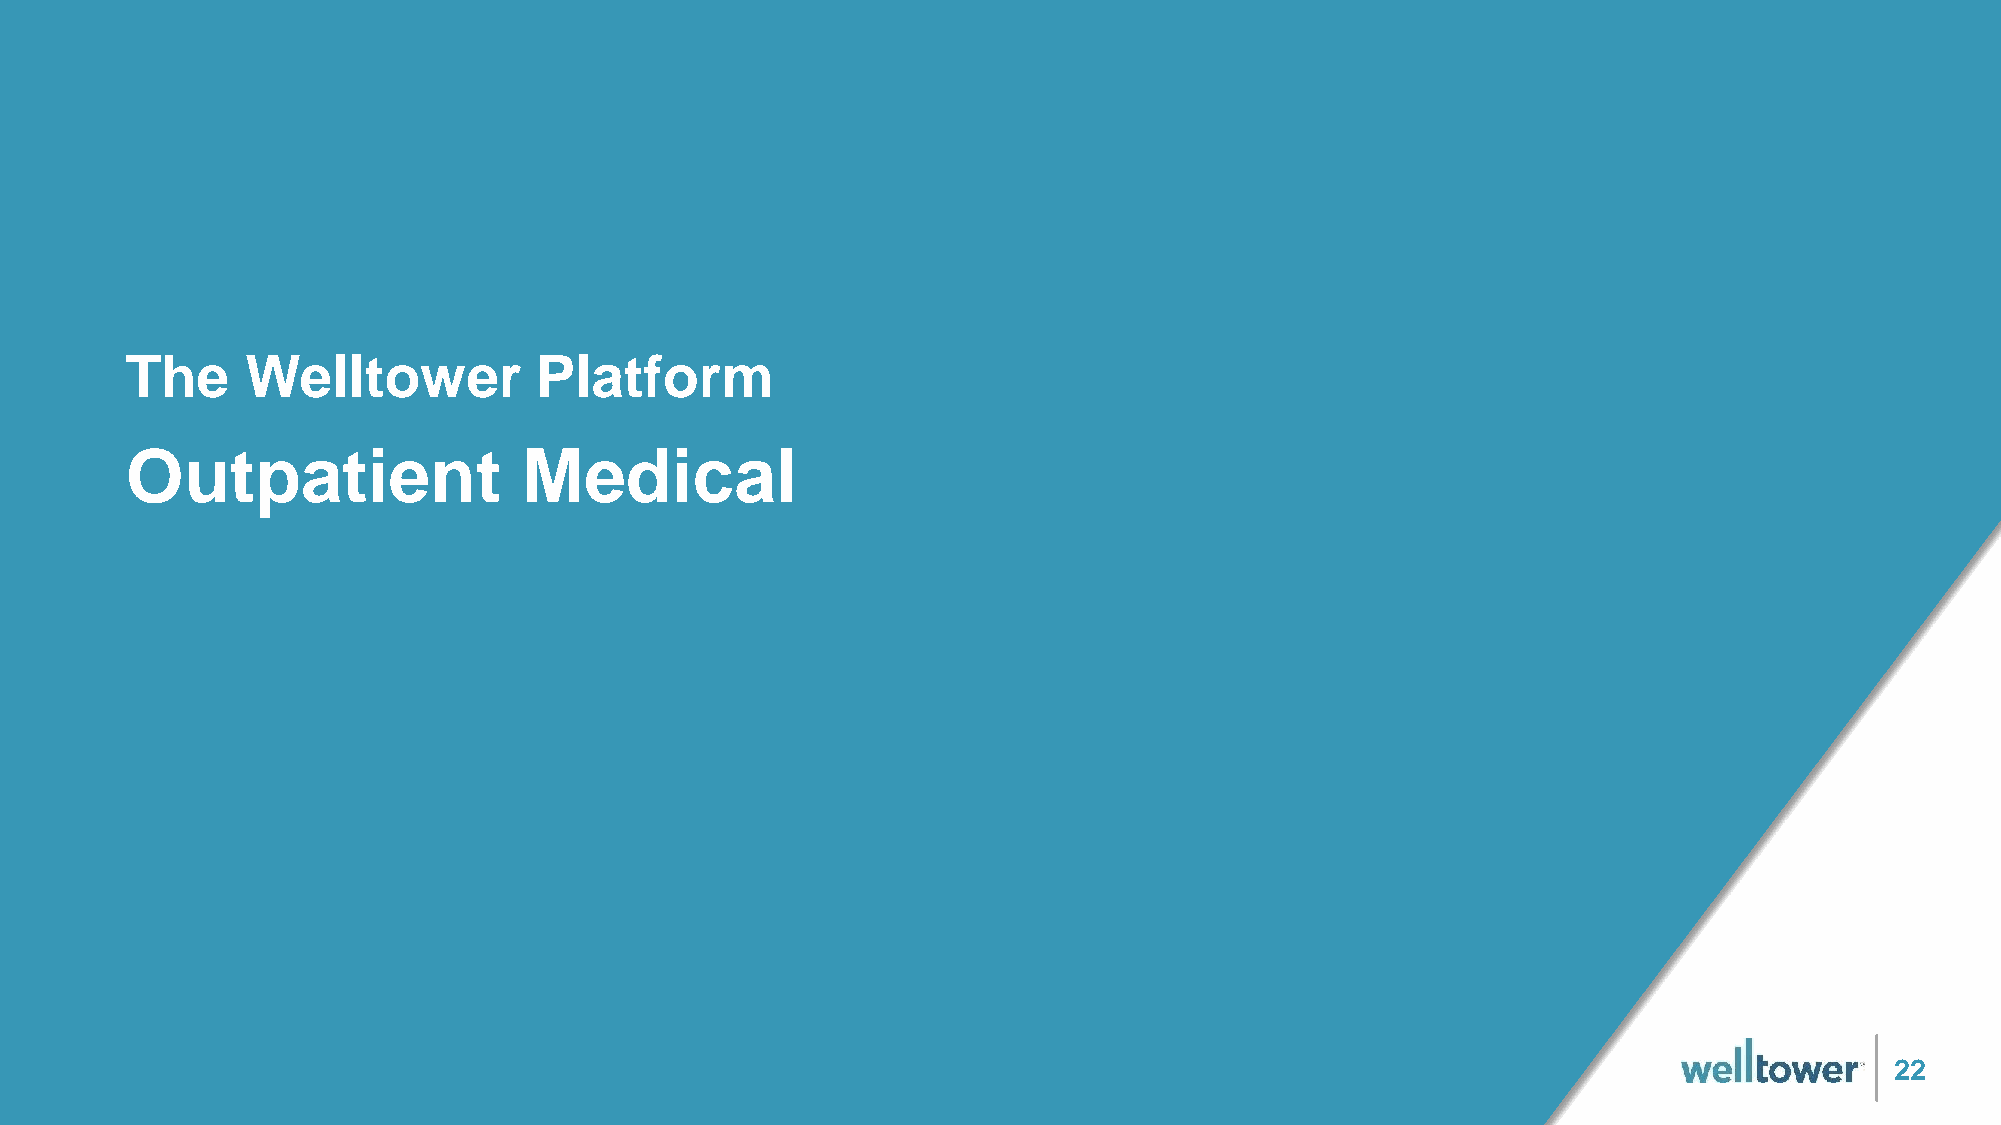
The     Welltower          Platform
 Outpatient                 Medical
 22